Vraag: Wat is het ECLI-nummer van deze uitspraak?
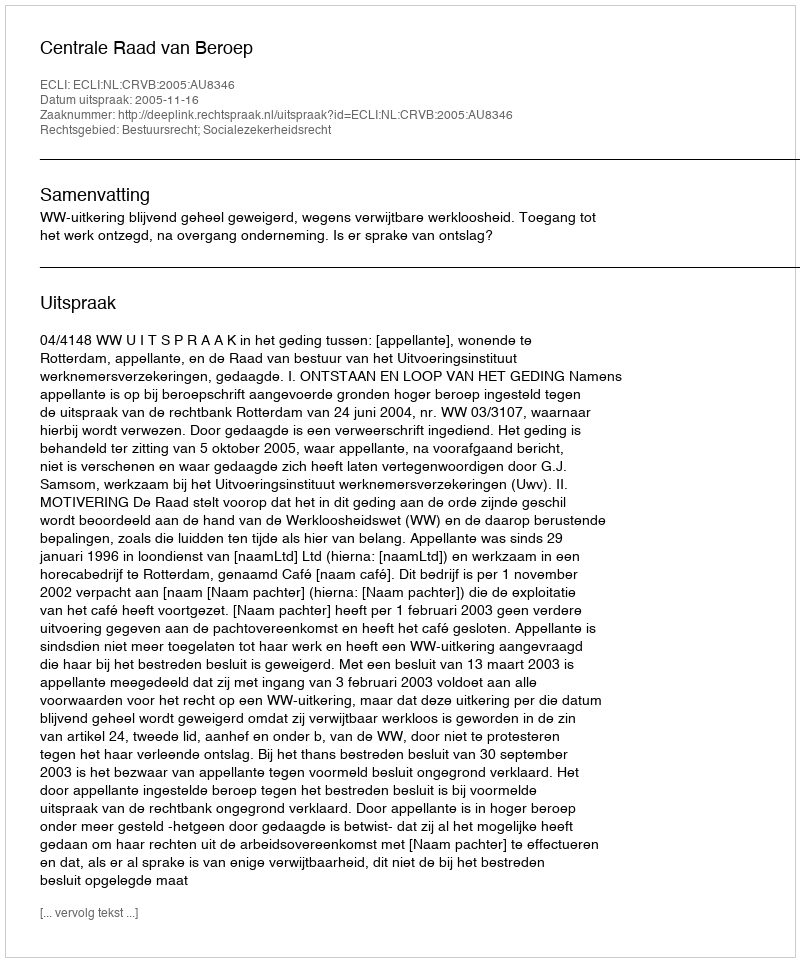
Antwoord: ECLI:NL:CRVB:2005:AU8346